Indian journal of veterinary science and animal husbandry - Volumes 15-17, 1948-1951
Year: 1948
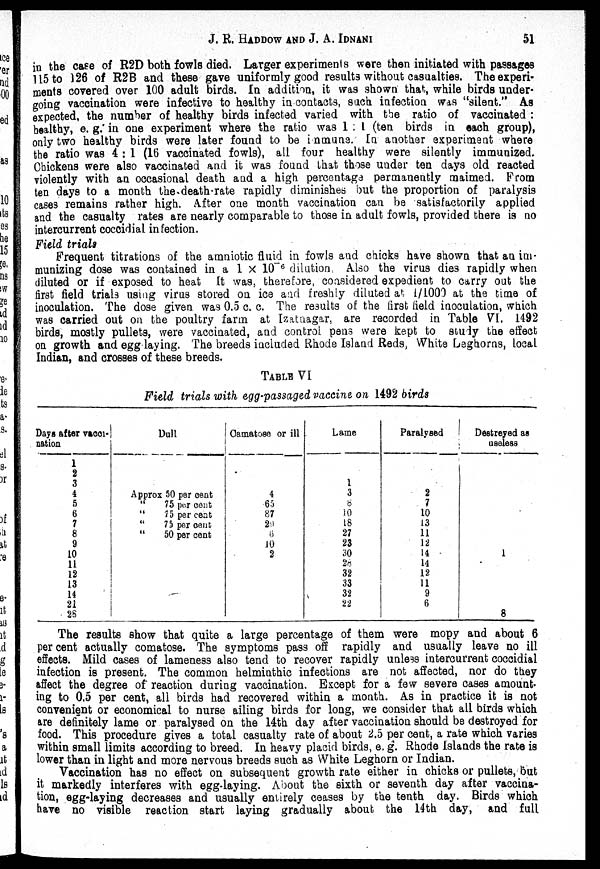
J.
R.
HADDOW
AND
J.
A.
IDNANI
51
in the case of R2D both fowls died. Larger experiments were then initiated with passages
115 to 126 of R2B and these gave uniformly good results without casualties. The experi-
ments covered over 100 adult birds. In addition, it was shown that, while birds under-
going vaccination were infective to healthy in contacts, such infection was "silent." As
expected, the number of healthy birds infected varied with the ratio of vaccinated :
healthy, e. g. in one experiment where the ratio was 1 : 1 (ten birds in each group),
only two healthy birds were later found to be immune. In another experiment where
the ratio was 4 : 1 (16 vaccinated fowls), all four healthy were silently immunized.
Chickens were also vaccinated and it was found that those under ten days old reacted
violently with an occasional death and a high percentage permanently maimed. From
ten days to a month the death-rate rapidly diminishes but the proportion of paralysis
cases remains rather high. After one month vaccination can be satisfactorily applied
and the casualty rates are nearly comparable to those in adult fowls, provided there is no
intercurrent coccidial infection.
Field trials
Frequent titrations of the amniotic fluid in fowls and chicks have shown that an im-
munizing dose was contained in a 1 × 10 -6 dilution, Also the virus dies rapidly when
diluted or if exposed to heat It was, therefore, considered expedient to carry out the
first field trials using virus stored on ice and freshly diluted at 1/1000 at the time of
inoculation. The dose given was 0.5 c. c. The results of the first field inoculation, which
was carried out on the poultry farm at Izatnagar, are recorded in Table VI. 1492
birds, mostly pullets, were vaccinated, and control pens were kept to study the effect
on growth and egg laying. The breeds included Rhode Island Reds, White Leghorns, local
Indian, and crosses of these breeds.
TABLE VI
Field trials with egg-passaged vaccine on 1492 birds
Days after vacci-
nation
1
2
3
4
5
6
7
8
9
10
11
12
13
14
21
25
Dull
Approx 50 per cent
"
75 per cent
"
75 per cent
"
75 per cent
"
50 per cent
Camatose or ill
4
65
87
29
6
10
2
Lame
1
3
8
10
18
27
23
30
28
32
33
32
22
Paralysed
2
7
10
13
11
12
14
14
12
11
9
6
Destroyed as
useless
1
8
The results show that quite a large percentage of them were mopy and about 6
per cent actually comatose. The symptoms pass off rapidly and usually leave no ill
effects. Mild cases of lameness also tend to recover rapidly unless intercurrent coccidial
infection is present. The common helminthic infections are not affected, nor do they
affect the degree of reaction during vaccination. Except for a few severe cases amount¬
ing to 0.5 per cent, all birds had recovered within a month. As in practice it is not
convenient or economical to nurse ailing birds for long, we consider that all birds which
are definitely lame or paralysed on the 14th day after vaccination should be destroyed for
food. This procedure gives a total casualty rate of about 2.5 per cent, a rate which varies
within small limits according to breed. In heavy placid birds, e. g. Rhode Islands the rate is
lower than in light and more nervous breeds such as White Leghorn or Indian.
Vaccination has no effect on subsequent growth rate either in chicks or pullets, but
it markedly interferes with egg-laying. About the sixth or seventh day after vaccina-
tion, egg-laying decreases and usually entirely ceases by the tenth day. Birds which
have no visible reaction start laying gradually about the 14th day, and full